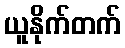
ယူနိုက်တက်